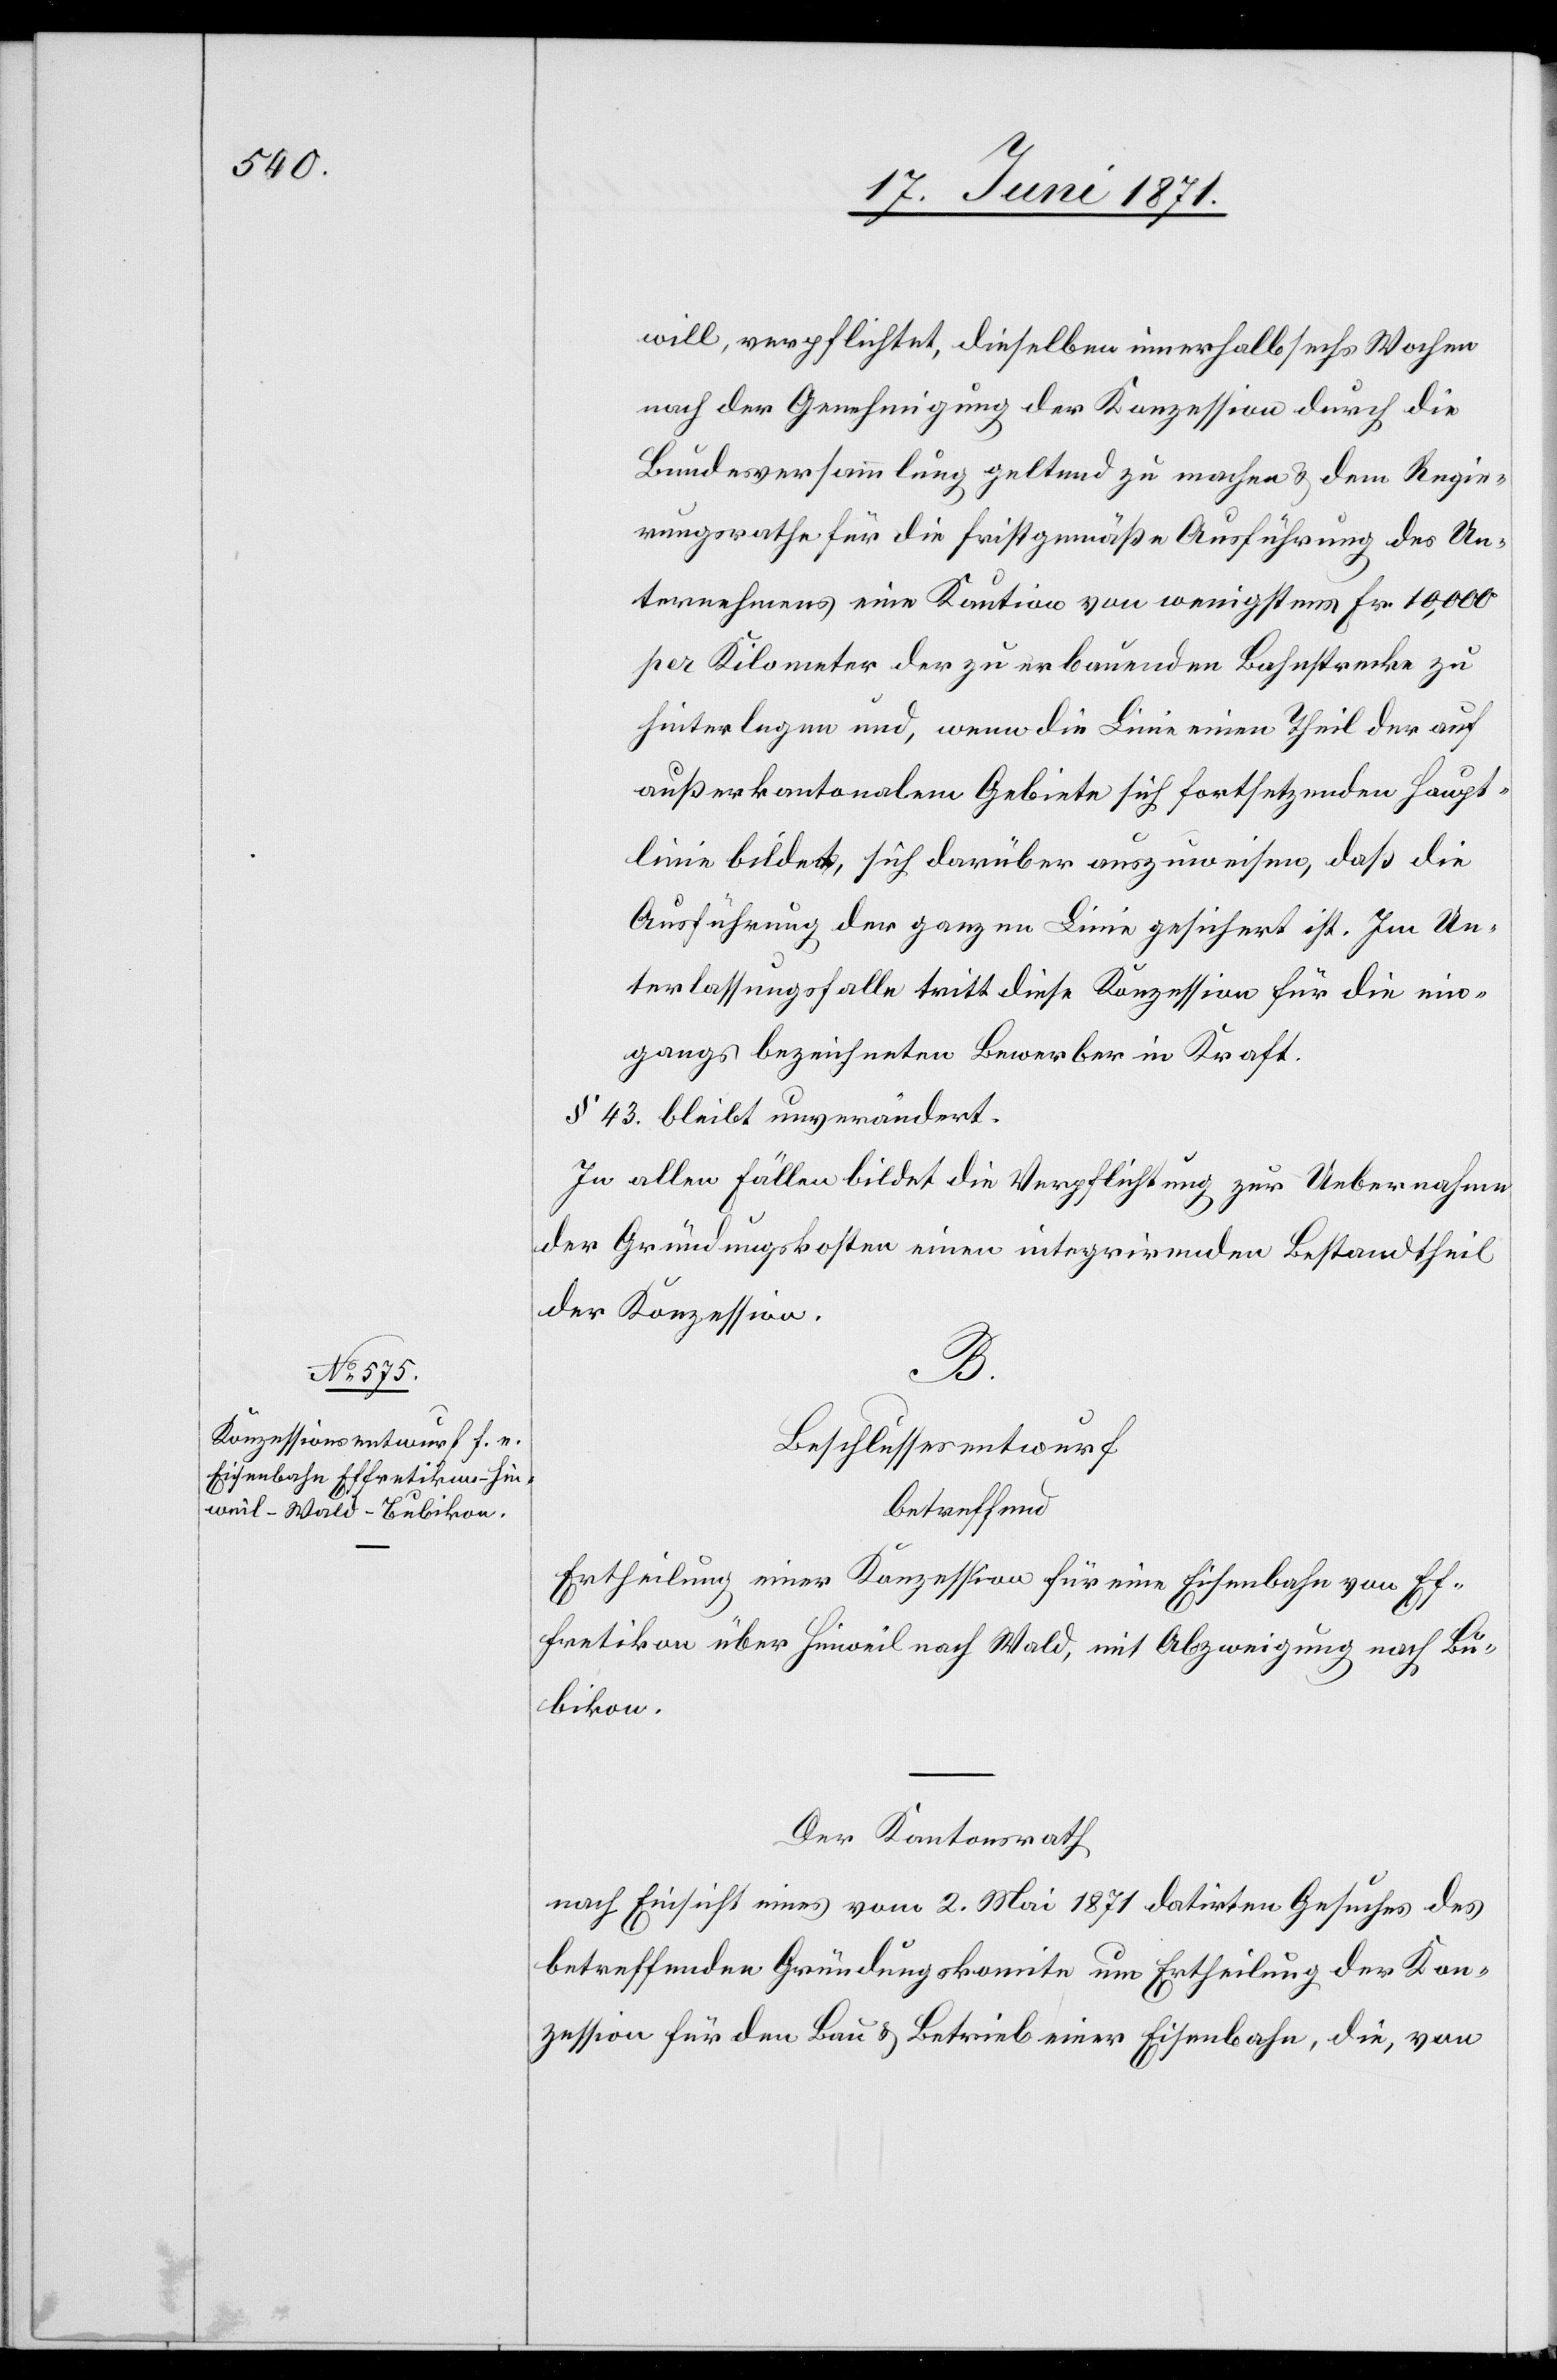
will, verpflichtet, dieselben innerhalb sechs Wochen
nach der Genehmigung der Konzession durch die
Bundesversammlung geltend zu machen u. dem Regie¬
rungsrathe für die fristgemäße Ausführung des Un¬
ternehmens eine Kaution von wenigstens Fr. 10,000
per Kilometer der zu erbauenden Bahnstrecke zu
hinterlegen und, wenn die Linie einen Theil der auf
außerkantonalem Gebiete sich fortsetzenden Haupt¬
linie bildet, sich darüber auszuweisen, daß die
Ausführung der ganzen Linie gesichert ist. Im Un¬
terlassungfalle tritt diese Konzession für die ein¬
gangs bezeichneten Bewerber in Kraft.
§ 43. bleibt unverändert.
In allen Fällen bildet die Verpflichtung zur Uebernahme
der Gründungskosten einen integrirenden Bestandtheil
der Konzession.
B.
Beschlussesentwurf
betreffend
Ertheilung einer Konzession für eine Eisenbahn von Ef¬
fretikon über Hinweil nach Wald, mit Abzweigung nach Bu¬
bikon.
Der Kantonsrath
nach Einsicht eines vom 2. Mai 1871 datirten Gesuches des
betreffenden Gründungskomite um Ertheilung der Kon¬
zession für den Bau u. Betrieb einer Eisenbahn, die, von